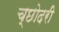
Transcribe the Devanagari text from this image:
च्छोदरी